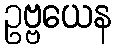
ဥဗ္ဗယေန